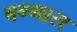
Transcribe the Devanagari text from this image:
बग्गारा